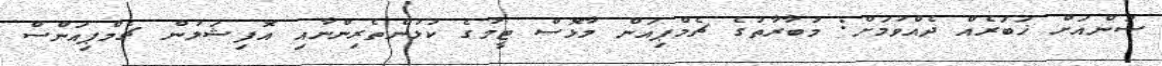
ސަންއަށް ޚަބަރެއް ދެއްވުމަށް: މުބާރާތުގެ ޗެމްޕިއަން މާޅޮސް ޓީމުގެ ކުޅުންތެރިންނާއި އޮފިޝަލުން ޗެމްޕިއަންސް